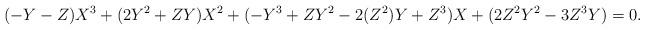
LaTeX: \begin{align*} (-Y-Z)X^3+(2Y^2+ZY)X^2 +(-Y^3+ZY^2-2(Z^2)Y+Z^3)X+(2Z^2Y^2-3Z^3Y) = 0. \end{align*}